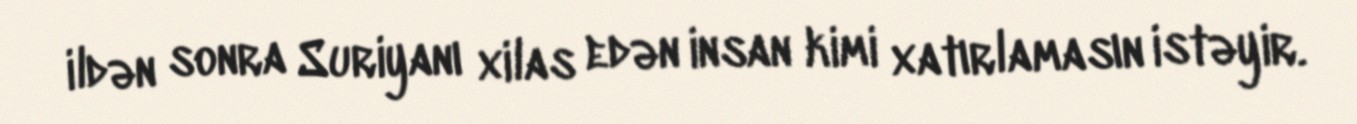
ildən sonra Suriyanı xilas edən insan kimi xatırlamasın istəyir.